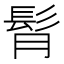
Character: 𩬏